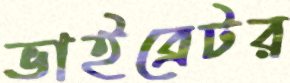
ভাইব্রেটর